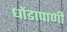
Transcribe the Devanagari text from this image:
धोंडापाणी